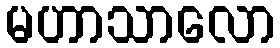
မဟာသာလော